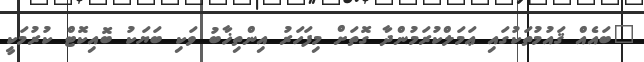
"ބައެއް ޤައުމުތަކުގައި ޢަމަލްކުރަމުންދާ ގޮތަށް މިފަހަރު އިންތިޚާބު ވަކި ބަޔަކު ބޮއިކޮޓް ކުރުމަކީ